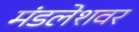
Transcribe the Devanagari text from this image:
मंडलेशवर